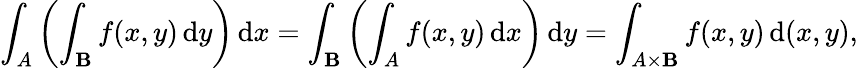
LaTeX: \int_{A}\left(\int_{\mathbf{B}}f(x,y)\, {\mathrm{{d}}}y\right)\, {\mathrm{{d}}}x=\int_{\mathbf{B}}\left(\int_{A}f(x,y)\, {\mathrm{{d}}}x\right)\, {\mathrm{{d}}}y=\int_{A\times\mathbf{B}}f(x,y)\, {\mathrm{{d}}}(x,y),